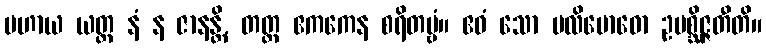
ပဟာယ ယတ္ထ နံ န ဇာနန္တိ, တတ္ထ ဧကကေန စရိတဗ္ဗံ။ ဧဝံ သော ပလိဗောဓော ဥပစ္ဆိဇ္ဇတီတိ။